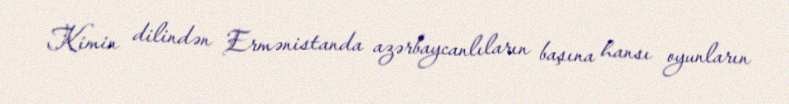
Kimin dilindən Ermənistanda azərbaycanlıların başına hansı oyunların